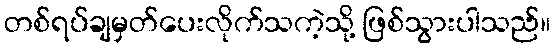
တစ်ရပ်ချမှတ်ပေးလိုက်သကဲ့သို့ ဖြစ်သွားပါသည်။